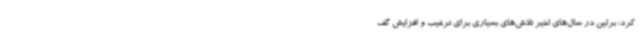
کرد: برلین در سال‌های اخیر تلاش‌های بسیاری برای ترغیب و افزایش گف